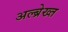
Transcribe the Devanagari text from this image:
अल्ब्रेख्त